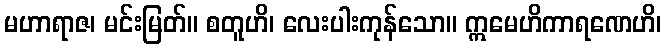
မဟာရာဇ၊ မင်းမြတ်။ စတူဟိ၊ လေးပါးကုန်သော။ ဣမေဟိကာရဏေဟိ၊